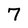
Character: 7